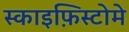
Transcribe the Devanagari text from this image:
स्काइफ़िस्टोमे